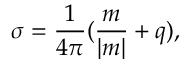
\sigma = \frac 1 { 4 \pi } ( \frac m { | m | } + q ) ,